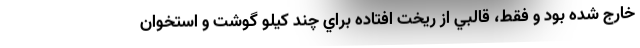
خارج شده بود و فقط، قالبي از ريخت افتاده براي چند كيلو گوشت و استخوان